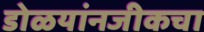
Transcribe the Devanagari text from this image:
डोळयांनजीकचा